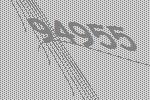
94955